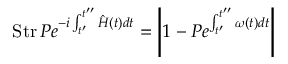
\mathrm { S t r } \, P e ^ { - i \int _ { t ^ { \prime } } ^ { t ^ { \prime \prime } } \hat { H } ( t ) d t } = \left| 1 - P e ^ { \int _ { t ^ { \prime } } ^ { t ^ { \prime \prime } } \omega ( t ) d t } \right|